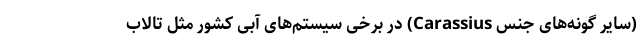
(سایر گونه‌های جنس Carassius) در برخی سیستم‌­های آبی کشور مثل تالاب